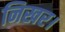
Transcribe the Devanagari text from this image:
निखर।